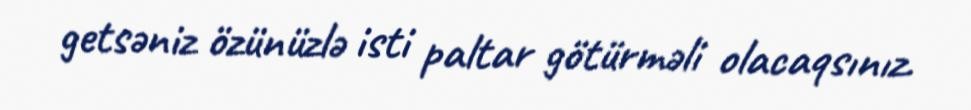
getsəniz özünüzlə isti paltar götürməli olacaqsınız.